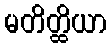
မတိတ္ထိယာ